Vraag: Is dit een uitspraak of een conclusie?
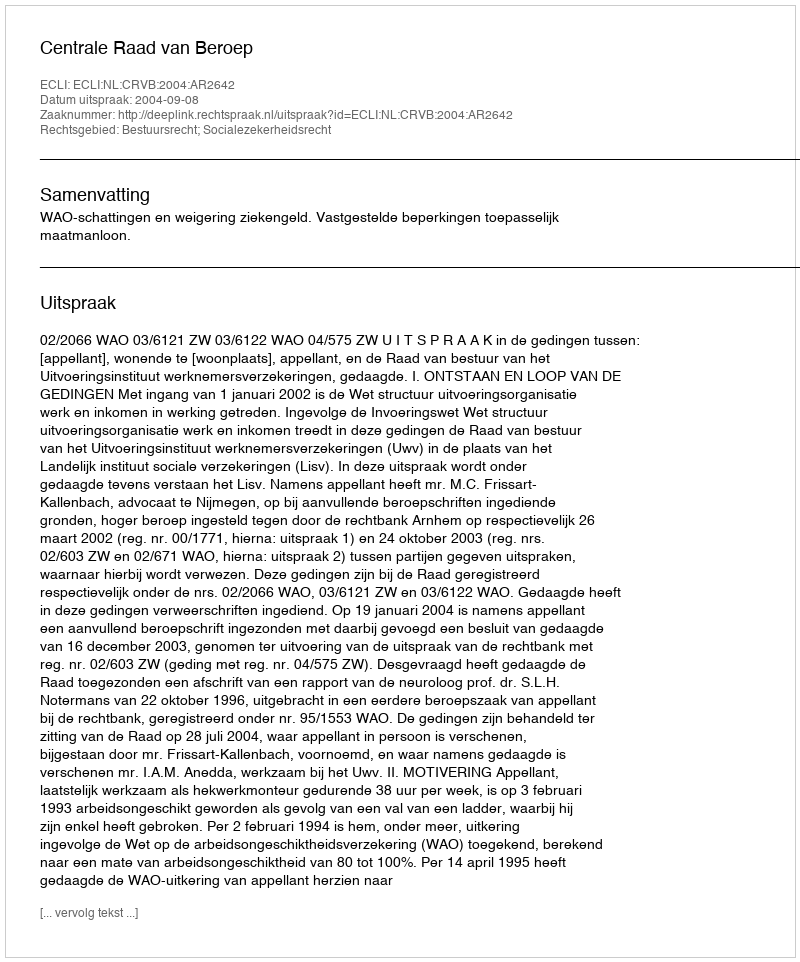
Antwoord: Uitspraak